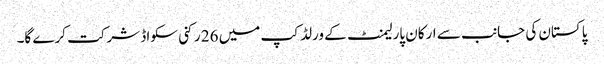
پاکستان کی جانب سے ارکان پارلیمنٹ کے ورلڈ کپ میں 26 رکنی سکواڈ شرکت کرے گا۔